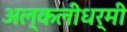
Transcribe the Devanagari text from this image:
अल्कलीधर्मी